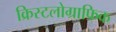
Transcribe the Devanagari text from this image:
क्रिस्टलोग्राफिक